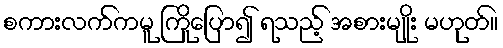
စကားလက်ကမူ ကြိုပြော၍ ရသည့် အစားမျိုး မဟုတ်။